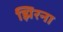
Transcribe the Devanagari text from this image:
झिरना